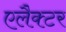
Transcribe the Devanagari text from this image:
एलैक्टर